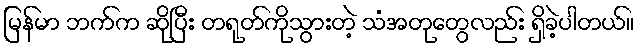
မြန်မာ ဘက်က ဆိုပြီး တရုတ်ကိုသွားတဲ့ သံအတုတွေလည်း ရှိခဲ့ပါတယ်။